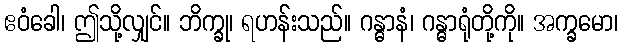
ဧဝံခေါ၊ ဤသို့လျှင်။ ဘိက္ခု၊ ရဟန်းသည်။ ဂန္ဓာနံ၊ ဂန္ဓာရုံတို့ကို။ အက္ခမော၊